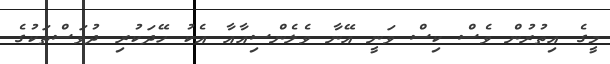
މީގެ އިތުރުން ވެސް ކިސް ވަނީ އޭނާ ވެލެންސިއާއާ އެކު ހޭދަކުރި ދުވަސްތަކުގެ